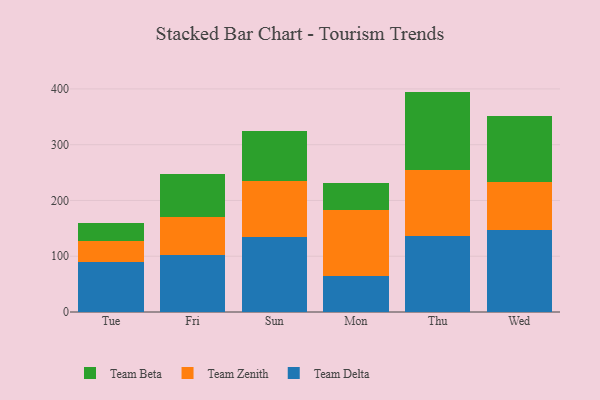
{"axis": {"x": "Day", "y": "Shipments"}, "legend": ["Team Beta", "Team Delta", "Team Zenith"], "data": [{"x": "Tue", "y": 88.9, "type": "Team Delta"}, {"x": "Tue", "y": 39.1, "type": "Team Zenith"}, {"x": "Tue", "y": 31.2, "type": "Team Beta"}, {"x": "Fri", "y": 102.3, "type": "Team Delta"}, {"x": "Fri", "y": 67.3, "type": "Team Zenith"}, {"x": "Fri", "y": 77.7, "type": "Team Beta"}, {"x": "Sun", "y": 134.6, "type": "Team Delta"}, {"x": "Sun", "y": 100.7, "type": "Team Zenith"}, {"x": "Sun", "y": 88.7, "type": "Team Beta"}, {"x": "Mon", "y": 64.7, "type": "Team Delta"}, {"x": "Mon", "y": 117.7, "type": "Team Zenith"}, {"x": "Mon", "y": 48.5, "type": "Team Beta"}, {"x": "Thu", "y": 135.5, "type": "Team Delta"}, {"x": "Thu", "y": 119.0, "type": "Team Zenith"}, {"x": "Thu", "y": 140.7, "type": "Team Beta"}, {"x": "Wed", "y": 146.9, "type": "Team Delta"}, {"x": "Wed", "y": 87.1, "type": "Team Zenith"}, {"x": "Wed", "y": 117.8, "type": "Team Beta"}]}